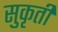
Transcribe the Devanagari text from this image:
सुकृती